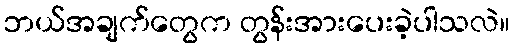
ဘယ်အချက်တွေက တွန်းအားပေးခဲ့ပါသလဲ။